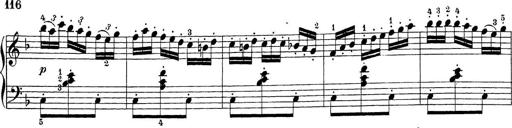
Title: Sonatina Album
Composer: Louis KÃ¶hler